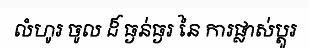
លំហូរ ចូល ដ៏ ធ្ងន់ធ្ងរ នៃ ការផ្លាស់ប្តូរ